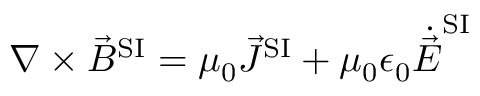
\nabla \times { \vec { B } } ^ { \mathrm { S I } } = \mu _ { 0 } { \vec { J } } ^ { \mathrm { S I } } + \mu _ { 0 } \epsilon _ { 0 } { \dot { \vec { E } } } ^ { \mathrm { S I } }